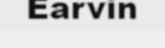
Earvin